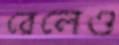
রেলেও